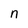
Character: n